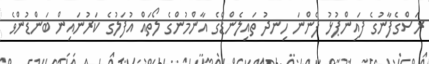
ރަސްގެފާނުގެ ފައިންޕުޅު ފެންނަ ހިނދު ތައިލެންޑްގެ އާންމުންގެ ލޯތައް އުފަލުގެ ކަރުނައިން ބަންޑުންވެ